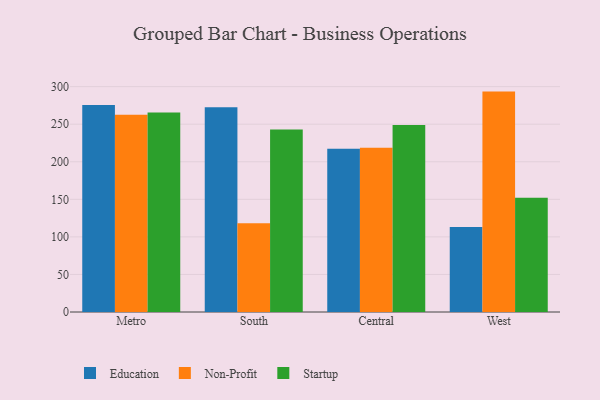
{"axis": {"x": "Region", "y": "Headcount"}, "legend": ["Education", "Non-Profit", "Startup"], "data": [{"x": "Metro", "y": 275.4, "type": "Education"}, {"x": "Metro", "y": 262.6, "type": "Non-Profit"}, {"x": "Metro", "y": 265.7, "type": "Startup"}, {"x": "South", "y": 272.7, "type": "Education"}, {"x": "South", "y": 118.3, "type": "Non-Profit"}, {"x": "South", "y": 243.1, "type": "Startup"}, {"x": "Central", "y": 217.2, "type": "Education"}, {"x": "Central", "y": 218.8, "type": "Non-Profit"}, {"x": "Central", "y": 249.0, "type": "Startup"}, {"x": "West", "y": 113.0, "type": "Education"}, {"x": "West", "y": 293.4, "type": "Non-Profit"}, {"x": "West", "y": 152.1, "type": "Startup"}]}